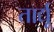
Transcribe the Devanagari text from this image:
तार्द्यू